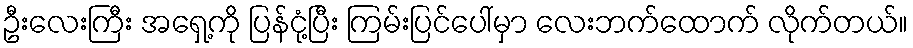
ဦးလေးကြီး အရှေ့ကို ပြန်ငုံ့ပြီး ကြမ်းပြင်ပေါ်မှာ လေးဘက်ထောက် လိုက်တယ်။